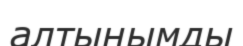
алтынымды